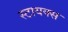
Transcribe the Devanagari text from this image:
स्टायक्स